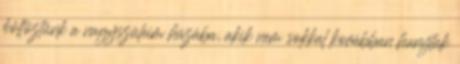
költöztünk a nagyszüleim házába, akik nem sokkal korábban hunytak